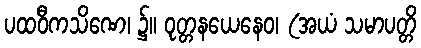
ပထဝီကသိဏေ၊ ၌။ ဝုတ္တနယေနေဝ၊ (အယံ သမာပတ္တိ